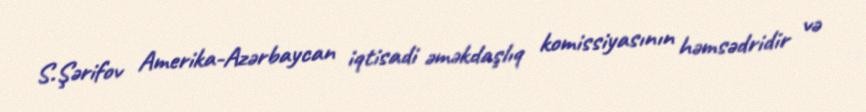
S.Şərifov Amerika-Azərbaycan iqtisadi əməkdaşlıq komissiyasının həmsədridir və